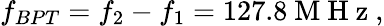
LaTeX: f_{BPT}=f_{2}-f_{1}=127.8\mathrm{~M~H~z~},